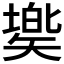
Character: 𥏷